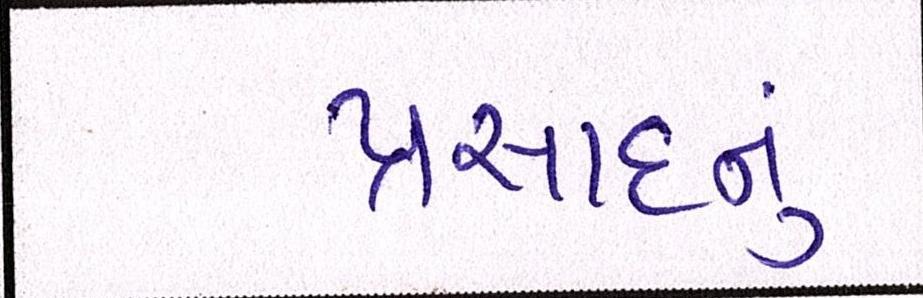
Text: પ્રસાદનું